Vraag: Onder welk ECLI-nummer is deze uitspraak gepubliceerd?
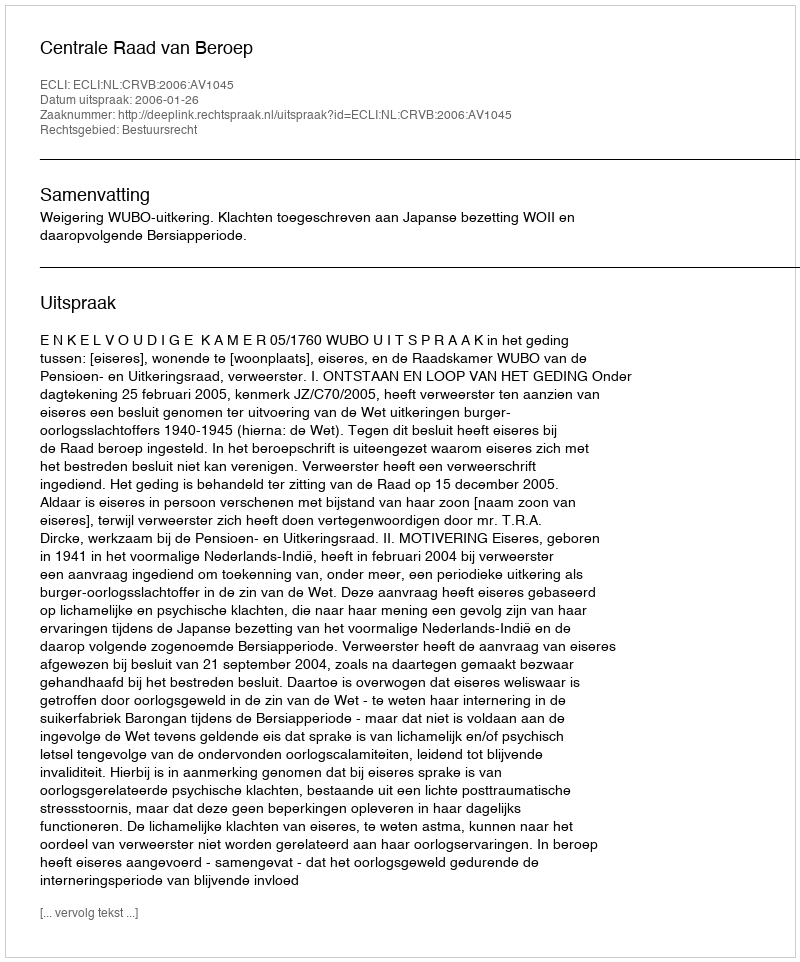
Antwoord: ECLI:NL:CRVB:2006:AV1045